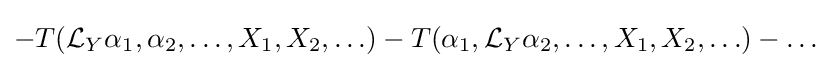
-T({\mathcal {L}}_{Y}\alpha _{1},\alpha _{2},\ldots ,X_{1},X_{2},\ldots )-T(\alpha _{1},{\mathcal {L}}_{Y}\alpha _{2},\ldots ,X_{1},X_{2},\ldots )-\ldots